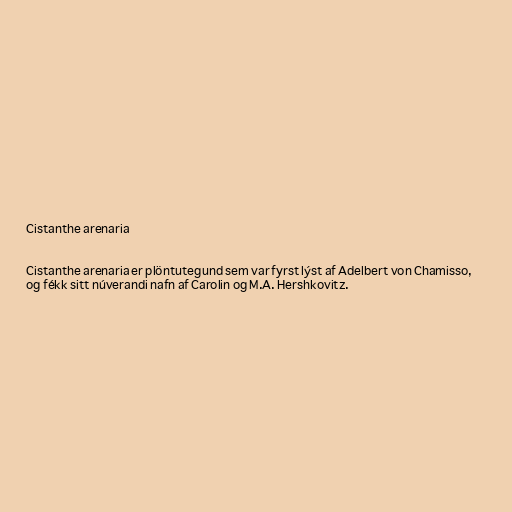
Cistanthe arenaria

Cistanthe arenaria er plöntutegund sem var fyrst lýst af Adelbert von Chamisso,
og fékk sitt núverandi nafn af Carolin og M.A. Hershkovitz.